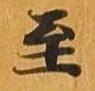
至